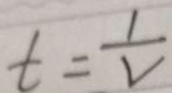
t = \frac { 1 } { V }